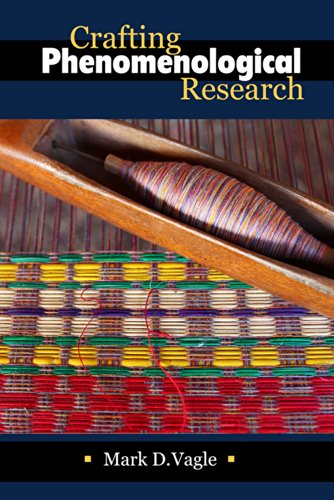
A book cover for Crafting Phenomenological Research; Mark D Vagle; Politics & Social Sciences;